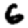
Digit: 6